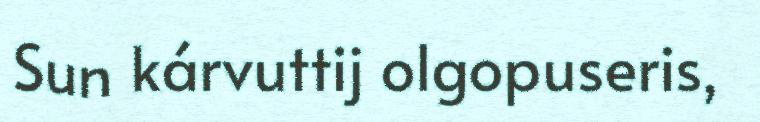
Sun kárvuttij olgopuseris,